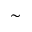
\sim